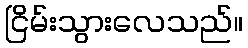
ငြိမ်းသွားလေသည်။